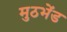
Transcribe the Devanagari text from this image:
मुठभेंड